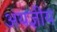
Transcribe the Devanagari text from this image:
अयज्ञीय